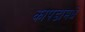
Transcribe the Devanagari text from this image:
कापडामधे